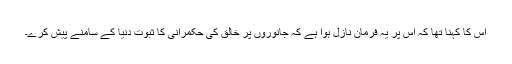
اس کا کہنا تھا کہ اس پر یہ فرمان نازل ہوا ہے کہ جانوروں پر خالق کی حکمرانی کا ثبوت دنیا کے سامنے پیش کرے۔